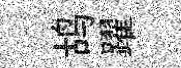
鸪躍